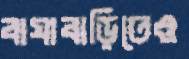
বাঘাবাড়িতেও